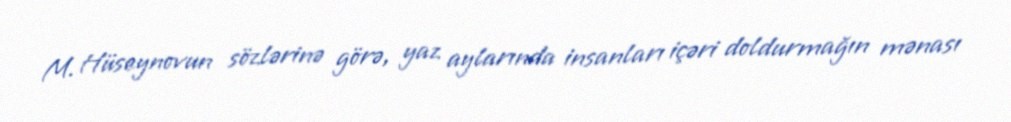
M. Hüseynovun sözlərinə görə, yaz aylarında insanları içəri doldurmağın mənası